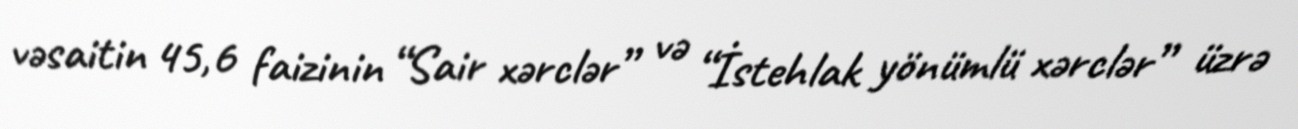
vəsaitin 45,6 faizinin “Sair xərclər” və “İstehlak yönümlü xərclər” üzrə